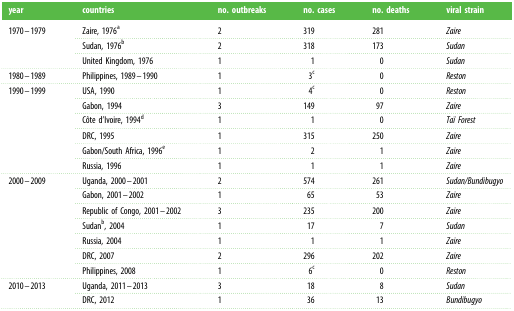
<table><thead><tr><td><b>year</b></td><td><b>countries</b></td><td><b>no. outbreaks</b></td><td><b>no. cases</b></td><td><b>no. deaths</b></td><td><b>viral strain</b></td></tr></thead><tbody><tr><td rowspan="3">1970–1979</td><td>Zaire, 1976<sup>a</sup></td><td>2</td><td>319</td><td>281</td><td><i>Zaire</i></td></tr><tr><td>Sudan, 1976<sup>b</sup></td><td>2</td><td>318</td><td>173</td><td><i>Sudan</i></td></tr><tr><td>United Kingdom, 1976</td><td>1</td><td>1</td><td>0</td><td><i>Sudan</i></td></tr><tr><td>1980–1989</td><td>Philippines, 1989–1990</td><td>1</td><td>3<sup>c</sup></td><td>0</td><td><i>Reston</i></td></tr><tr><td rowspan="6">1990–1999</td><td>USA, 1990</td><td>1</td><td>4<sup>c</sup></td><td>0</td><td><i>Reston</i></td></tr><tr><td>Gabon, 1994</td><td>3</td><td>149</td><td>97</td><td><i>Zaire</i></td></tr><tr><td>Côte d&#x27;Ivoire, 1994<sup>d</sup></td><td>1</td><td>1</td><td>0</td><td><i>Taï Forest</i></td></tr><tr><td>DRC, 1995</td><td>1</td><td>315</td><td>250</td><td><i>Zaire</i></td></tr><tr><td>Gabon/South Africa, 1996<sup>e</sup></td><td>1</td><td>2</td><td>1</td><td><i>Zaire</i></td></tr><tr><td>Russia, 1996</td><td>1</td><td>1</td><td>1</td><td><i>Zaire</i></td></tr><tr><td rowspan="7">2000–2009</td><td>Uganda, 2000–2001</td><td>2</td><td>574</td><td>261</td><td><i>Sudan/Bundibugyo</i></td></tr><tr><td>Gabon, 2001–2002</td><td>1</td><td>65</td><td>53</td><td><i>Zaire</i></td></tr><tr><td>Republic of Congo, 2001–2002</td><td>3</td><td>235</td><td>200</td><td><i>Zaire</i></td></tr><tr><td>Sudan<sup>b</sup>, 2004</td><td>1</td><td>17</td><td>7</td><td><i>Sudan</i></td></tr><tr><td>Russia, 2004</td><td>1</td><td>1</td><td>1</td><td><i>Zaire</i></td></tr><tr><td>DRC, 2007</td><td>2</td><td>296</td><td>202</td><td><i>Zaire</i></td></tr><tr><td>Philippines, 2008</td><td>1</td><td>6<sup>c</sup></td><td>0</td><td><i>Reston</i></td></tr><tr><td rowspan="2">2010–2013</td><td>Uganda, 2011–2013</td><td>3</td><td>18</td><td>8</td><td><i>Sudan</i></td></tr><tr><td>DRC, 2012</td><td>1</td><td>36</td><td>13</td><td><i>Bundibugyo</i></td></tr></tbody></table>